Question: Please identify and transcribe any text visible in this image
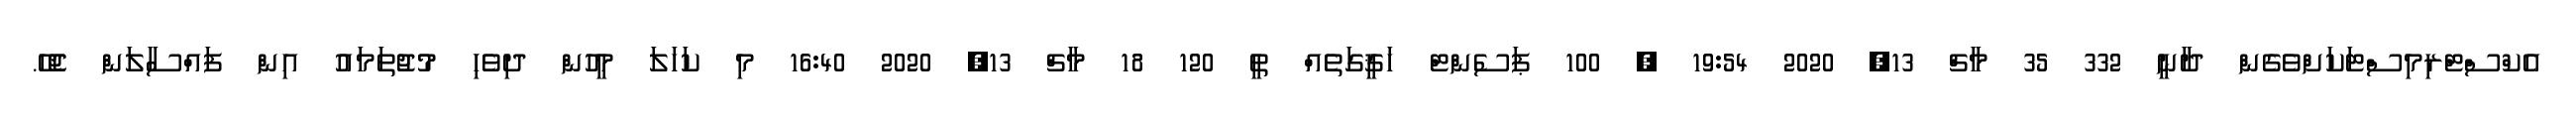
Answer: އެކްސްޓްރިމިސްޓަކަށްވެގެން ދާނީ 332 35 މާޗް 13, 2020 19:54 ? 100 ޕަސެންޓް ހަޤީގަތެއް ތީ 120 18 މާޗް 13, 2020 16:40 މި ކަހަލަ މީހުން ދިވެހި މުޖުތަމައު އިން ފައްސާލަން ޖެހޭ.